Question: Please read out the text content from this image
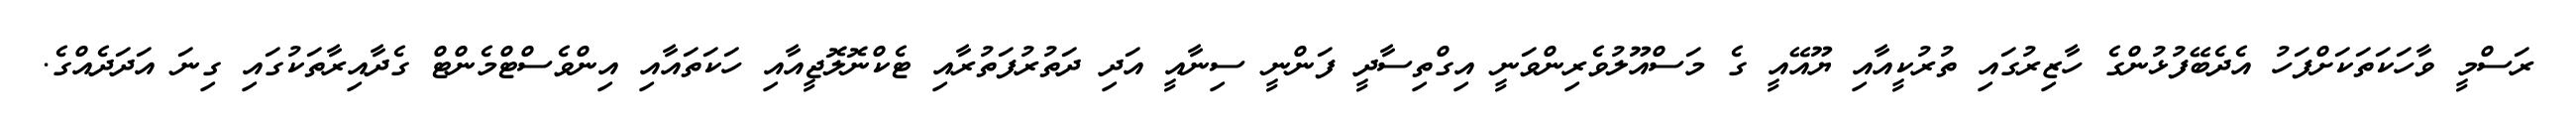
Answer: ރަސްމީ ވާހަކަތަކަށްފަހު އެދެބޭފުޅުންގެ ހާޒިރުގައި ތުރުކީއާއި ޔޫއޭއީ ގެ މަސްއޫލުވެރިންވަނީ އިގްތިސާދީ ފަންނީ ސިނާއީ އަދި ދަތުރުފަތުރާއި ޓެކްނޮލޮޖީއާއި ހަކަތައާއި އިންވެސްޓްމެންޓް ގެދާއިރާތަކުގައި ގިނަ އަދަދެއްގެ.